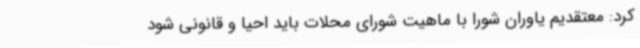
کرد: معتقدیم یاوران شورا با ماهیت شورای محلات باید احیا و قانونی شود